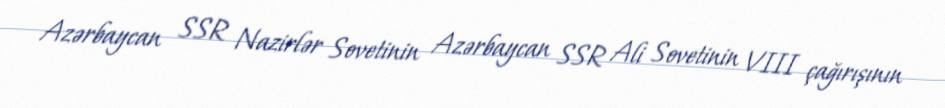
Azərbaycan SSR Nazirlər Sovetinin Azərbaycan SSR Ali Sovetinin VIII çağırışının